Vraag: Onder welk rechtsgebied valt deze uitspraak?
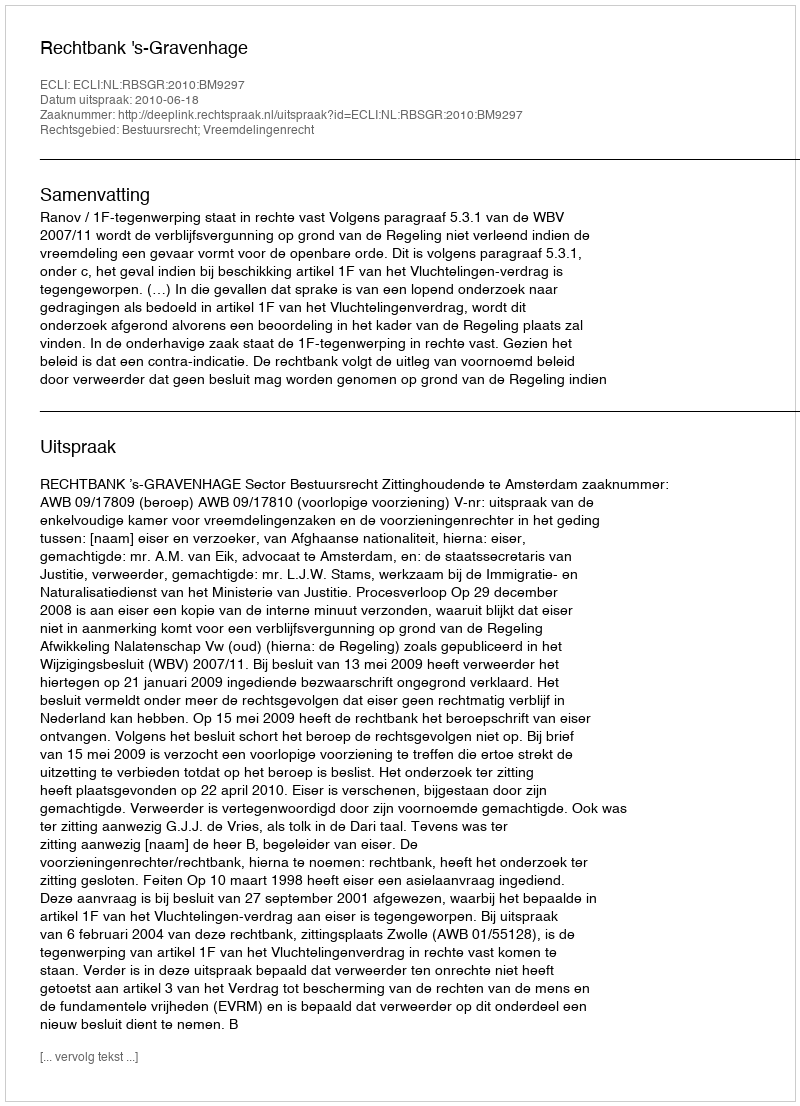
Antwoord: Bestuursrecht; Vreemdelingenrecht